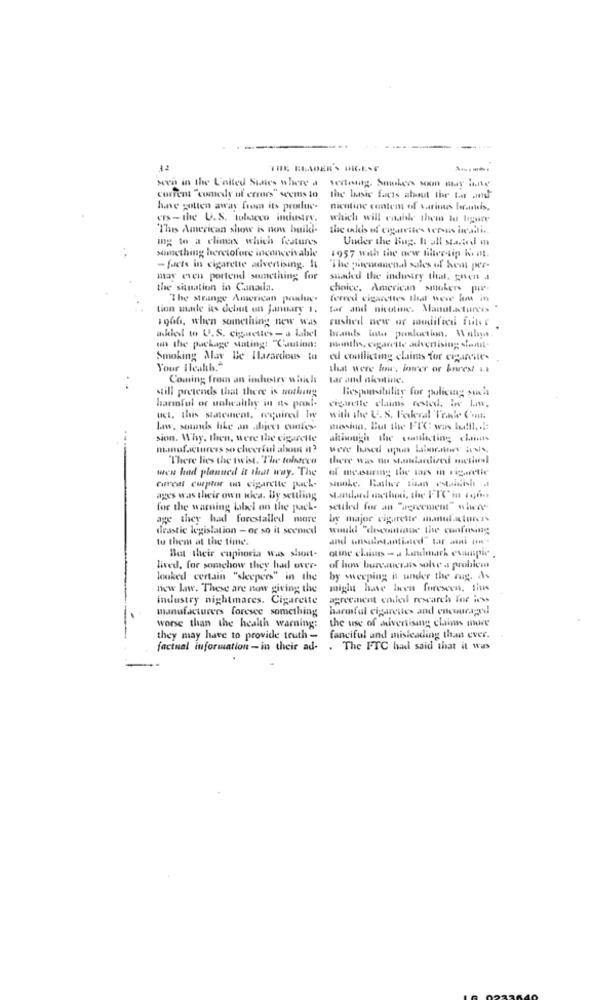
32
THE ELADER'S PRINT
own in the United States where a vertoning Smokers som may inte
current "comedy of errors" seems to
the basic facts about the ter inf
have gotten away from its produc-
nicotine contem of varinas lerasuis.
ers -the U.S. tobacco industry,
which will enable them to ligare
This American show is now build-
the odds of cigarettes versus licaili ..
ing to a climax which features
Under the Bug. It all started m
something heretofore inconceivable
1957 with the new Hilivetip hint.
- facts in cigarette advertising. It
The phenomenal sales of Rent per-
may even portend something for
shaded the industry that, gnen
the situation in Canada.
choice, American smokers pie-
The strange American poslue.
ferred cigarettes that were low in
tion made its debut on January 1.
tar and nicotine. Manufacturers
1966, when something new was
rushed new or modified friter
akled to U.S. cigarettes - a label
on the package stating: "Caution:
months, cigarette advertising stantil.
Smoking May Be Hazardous to
eu conflicting claims for cigareile-
Your Health."
that were low, iorer or bares! it
Coming from an industry which
tar and nicotine.
still pretends that there is nothany
Responsibility for policing sials
harmful or unhealthy in is ponl-
cigarette claims rested, io law.
uct. this statement. required Iw
with the U. S. Federal Trade Com.
law, sounds like an abject cunles
mission. But the FIC: was ha!il. ..:
sion. Why. then, were the cigarette
atinugi the conulicting choir
manufacturers so cheerful about it?
were based upon Laboratory Jess,
There lies the twist. The tobacco
there was no standardized meziul
wen had planned it that way. The
el measuring the tars in vigoretie
smoke. Rather than estaidish .
cuvet curptor on cigarette poch-
ages was their own idea. By settling
standard method, the FIC in soon
for the warning label on the pack-
settled for an agreement" wiece
age they had forestalled more
by major cigarette manufacturers
drastic legislation - or so it seemed
would "decontinue the confusing
to them at the time.
otine claimns - a Laimark euunpie .
But their euphoria was short-
lived, for somehow they had over- of how bureaucrats solve a prohicm
looked certain "sleepers" in the
by sweeping is under the rug, As
now la. These are now giving the
might have been foreseen, this
industry nightmares. Cigarette
agreement ended research for ie'ss
manufacturers foresee something
harmful cigarettes and encouraged
the use of auvertising claims more
worse than the health warning:
they may have to provide truth -
fanciful and misleading than ever.
factual information - in their ad- . The FTC had said that it was